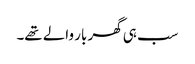
سب ہی گھر بار والے تھے۔